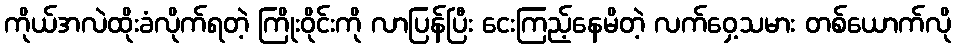
ကိုယ်အလဲထိုးခံလိုက်ရတဲ့ ကြိုးဝိုင်းကို လာပြန်ပြီး ငေးကြည့်နေမိတဲ့ လက်ဝှေ့သမား တစ်ယောက်လို